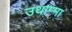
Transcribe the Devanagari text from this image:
उथाम्मा